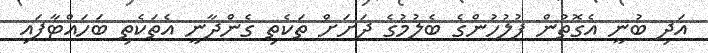
އަދި ބުނީ އެގޮތުން ފުލުހުންގެ ބެލުމުގެ ދަށަށް ތަކެތި ގެންދާނީ އެތަކެތި ބަހައްޓާފައި